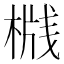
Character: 𬃦